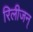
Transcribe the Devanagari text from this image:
रिलीजन्